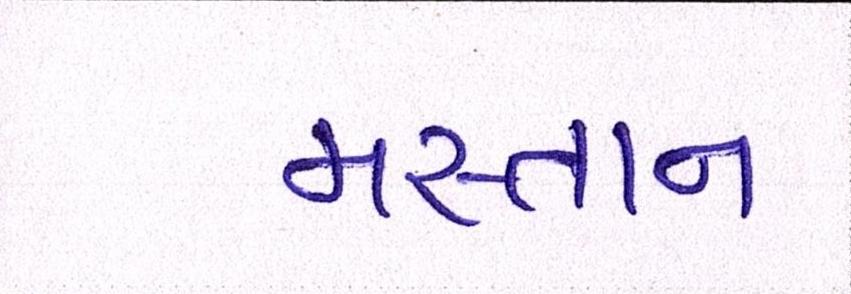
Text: મસ્તાન